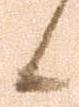
候